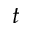
t